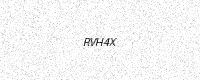
Text: RVH4X